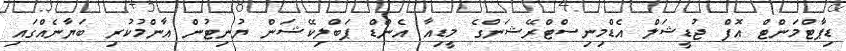
ޑިޕާޓްމަންޓް އޮފް ޖުޑީޝަލް އެޑްމިނިސްޓްރޭޝަންގެ މީޑިއާ އެންޑް ޕަބްލިކޭޝަން ޔުނިޓުން އާންމުކުރި ބަޔާނެއްގައި